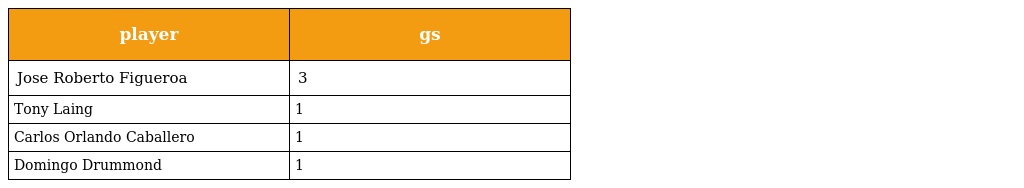
| player | gs |
 | --- | --- |
 | Jose Roberto Figueroa | 3 |
 | Tony Laing | 1 |
 | Carlos Orlando Caballero | 1 |
 | Domingo Drummond | 1 |